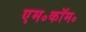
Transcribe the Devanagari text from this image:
एम॰कॉम॰